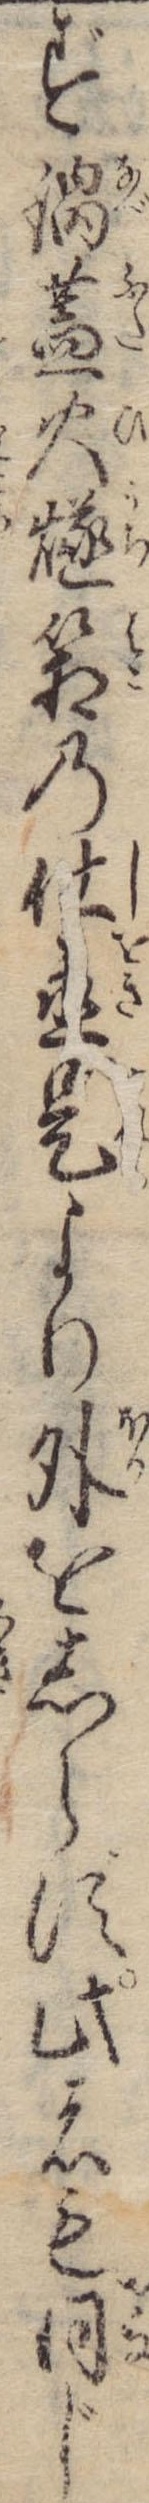
ず鍋蓋火燧箱の仕置是より外をしらず此者も同じ